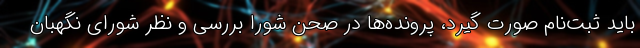
باید ثبت‌نام صورت گیرد، پرونده‌ها در صحن شورا بررسی و نظر شورای نگهبان